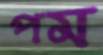
পম